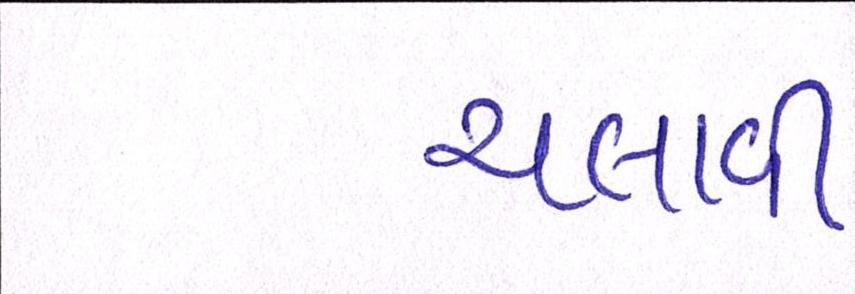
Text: ચલાવી